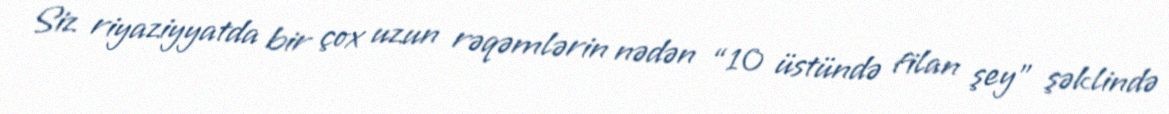
Siz riyaziyyatda bir çox uzun rəqəmlərin nədən “10 üstündə filan şey” şəklində